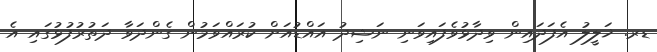
ޑރ. ޚަލީލު އެފަދައިން ވިދާޅުވެފައިވަނި ނަޝިދު އައްޑުއަށް ކުރައްވަމުން ގެންދަވާ ދަތުރުފުޅުގައި އެ